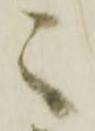
々